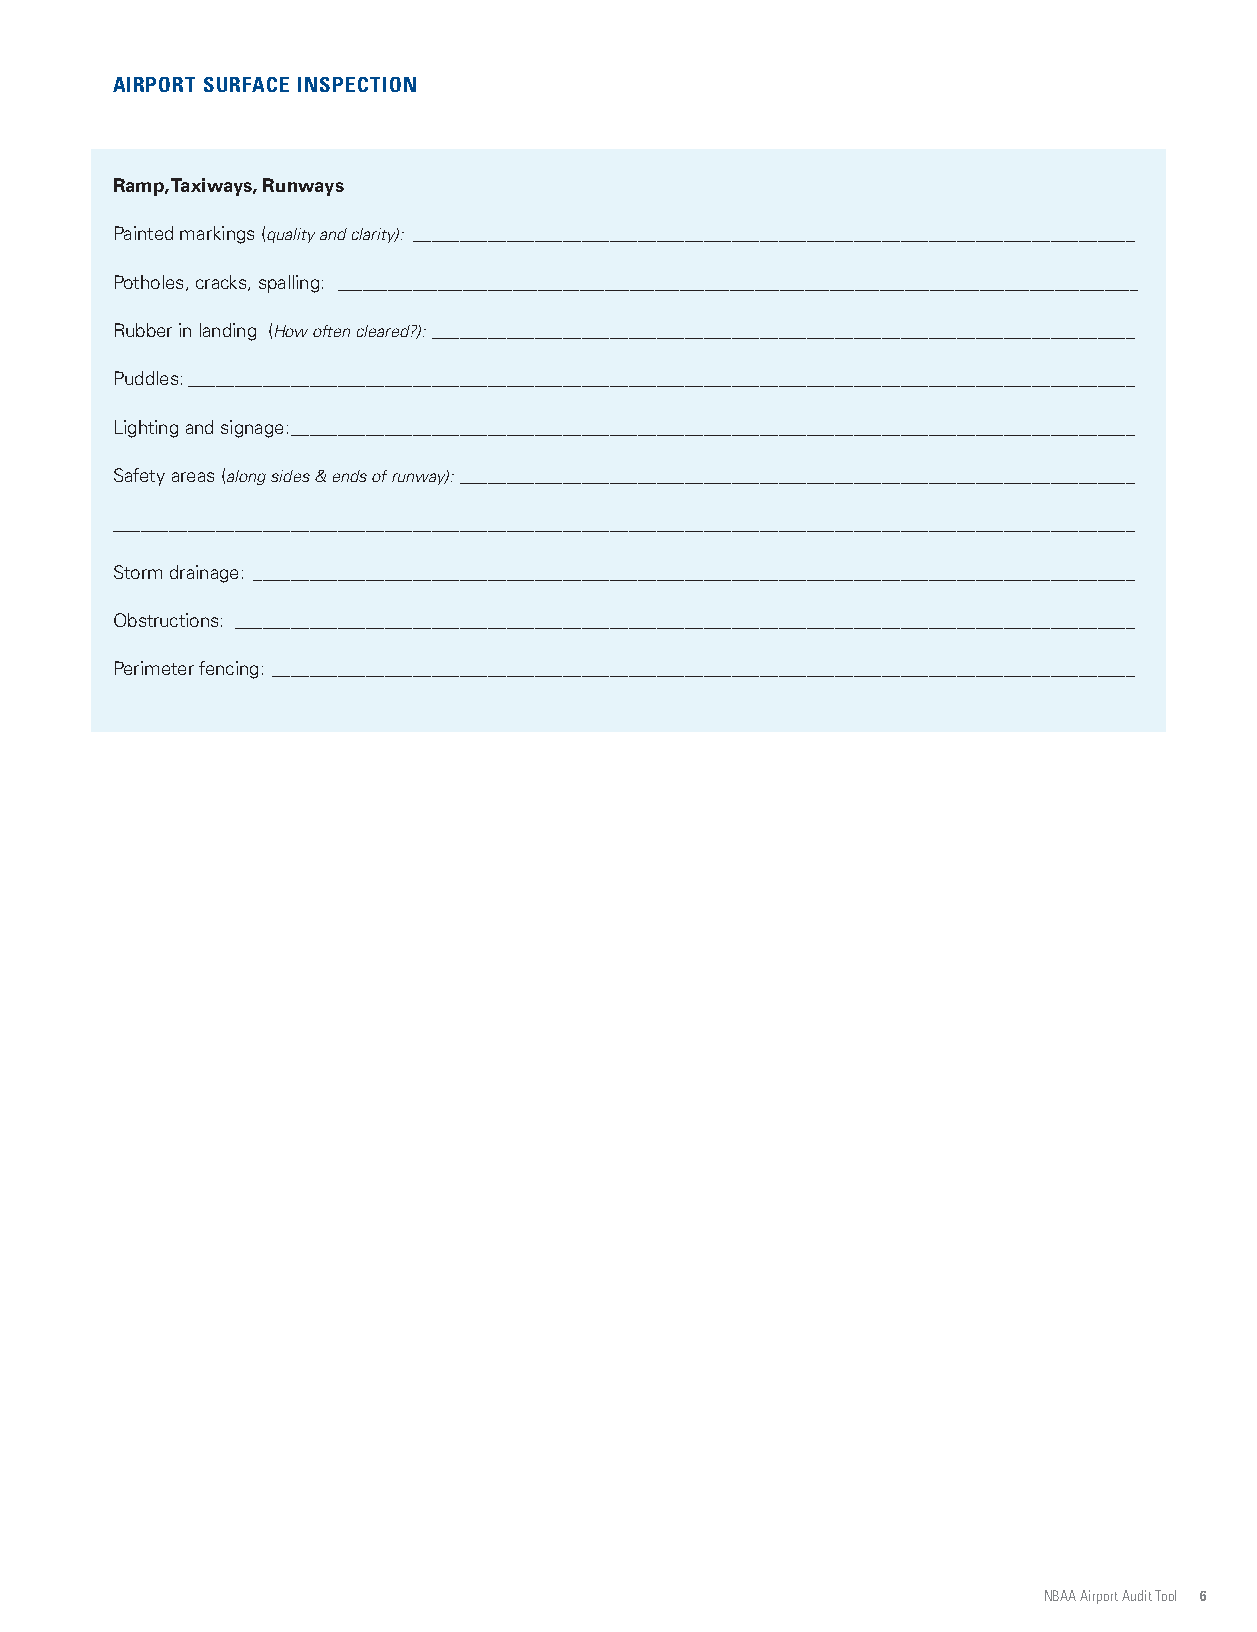
AIRPORT SURFACE INSPECTION
 Ramp, Taxiways, Runways
 Painted markings (quality and clarity): _____________________________________________________________________________
 Potholes, cracks, spalling: ________________________________________________________________________________________________
 Rubber in landing (How often cleared?): ___________________________________________________________________________
 Puddles: _____________________________________________________________________________________________________
 Lighting and signage: __________________________________________________________________________________________
 Safety areas (along sides & ends of runway): ________________________________________________________________________
 _____________________________________________________________________________________________________________
 Storm drainage: ______________________________________________________________________________________________
 Obstructions: ________________________________________________________________________________________________
 Perimeter fencing: ____________________________________________________________________________________________
 NBAA Airport Audit Tool 6
 PIHSREBMEM
 AABN